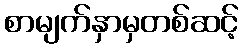
စာမျက်နှာမှတစ်ဆင့်